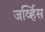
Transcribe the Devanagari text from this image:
जर्व्हिस